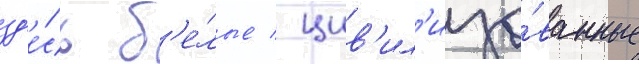
зд'е́сь б'е́лые / цив'ил'изо́ванные